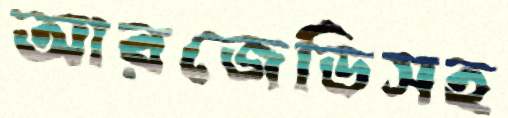
আরজেডিসহ